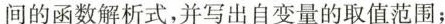
间的函数解析式，并写出自变量的取值范围；